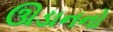
ઊડાનનો